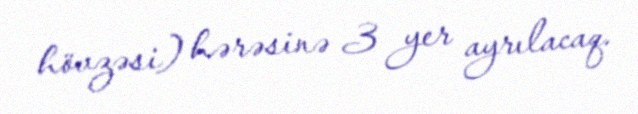
hövzəsi) hərəsinə 3 yer ayrılacaq.